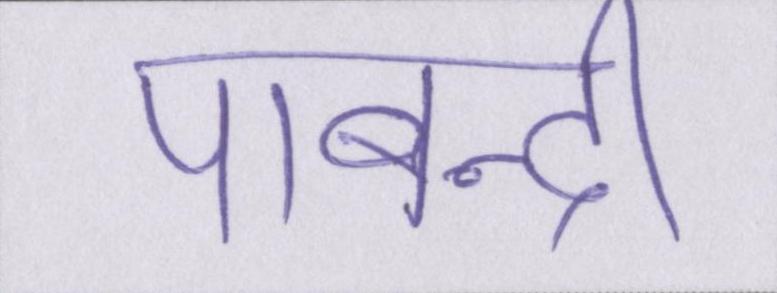
पाबन्दी